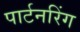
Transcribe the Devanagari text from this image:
पार्टनरिंग